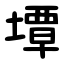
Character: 墰